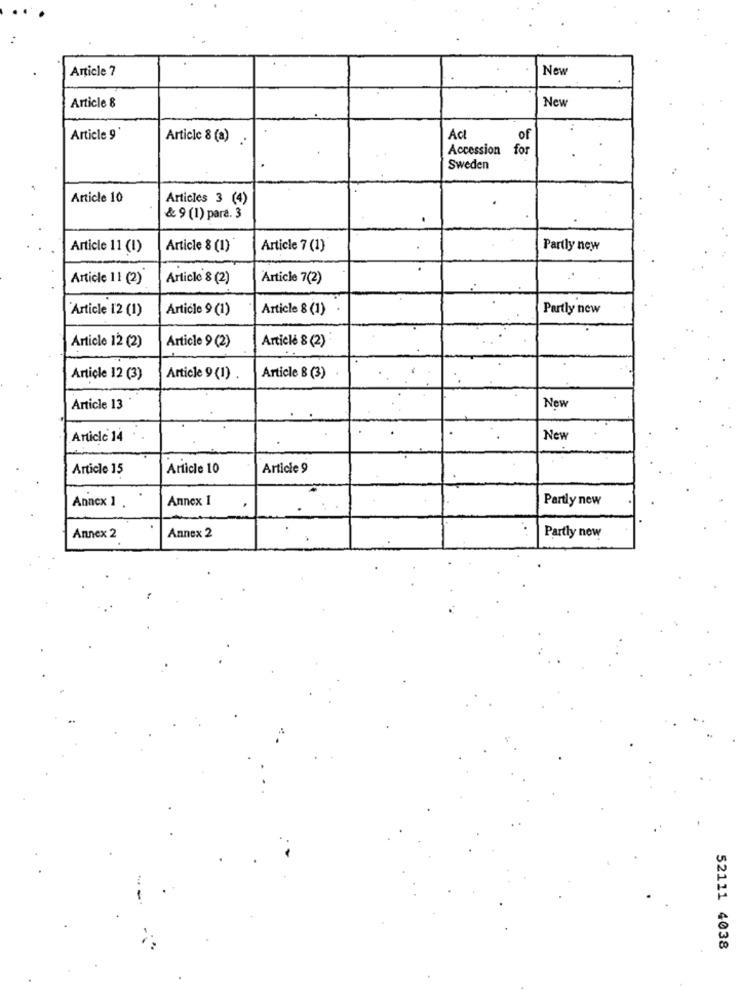
Article 7
New
Article 8
New
Article 9
Article 8 (a)
Act
of
Accession
for
Sweden
Article 10
Articles 3 (4)
& 9 (1) para. 3
.
Article 11 (I)
Article 8 (1)
Article 7 (1)
Partly new
Article 11 (2)
Article & (2)
Article 7(2)
Article 12 (1)
Article 9 (1)
Article 8 (1)
Partly new
Article 12 (2)
Article 8 (2)
Article 9 (2)
Article 12 (3)
Article 9 (1)
Article 8 (3)
Article 13
New
Article 14
New
Article 15
Article 10
Article 9
Annex 1
Partly new
Annex 1 .
Annex 2
Annex 2
Partly now
52111 4038